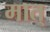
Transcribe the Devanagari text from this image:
मात्